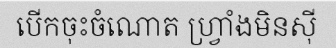
បើកចុះចំណោត ហ្វ្រាំងមិនស៊ី